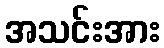
အသင်းအား